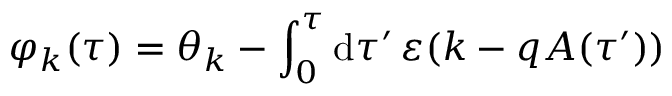
\varphi _ { k } ( \tau ) = \theta _ { k } - \int _ { 0 } ^ { \tau } \mathrm { d } \tau ^ { \prime } \, \varepsilon ( k - q A ( \tau ^ { \prime } ) )